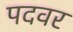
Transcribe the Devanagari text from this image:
पदवर